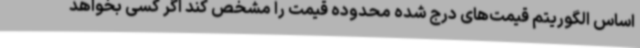
اساس الگوریتم قیمت‌های درج شده محدوده قیمت را مشخص کند اگر کسی بخواهد